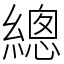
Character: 總